65_HS1-834228961_62-HQ-83894_Section_3
Agency: FBI
Page 185
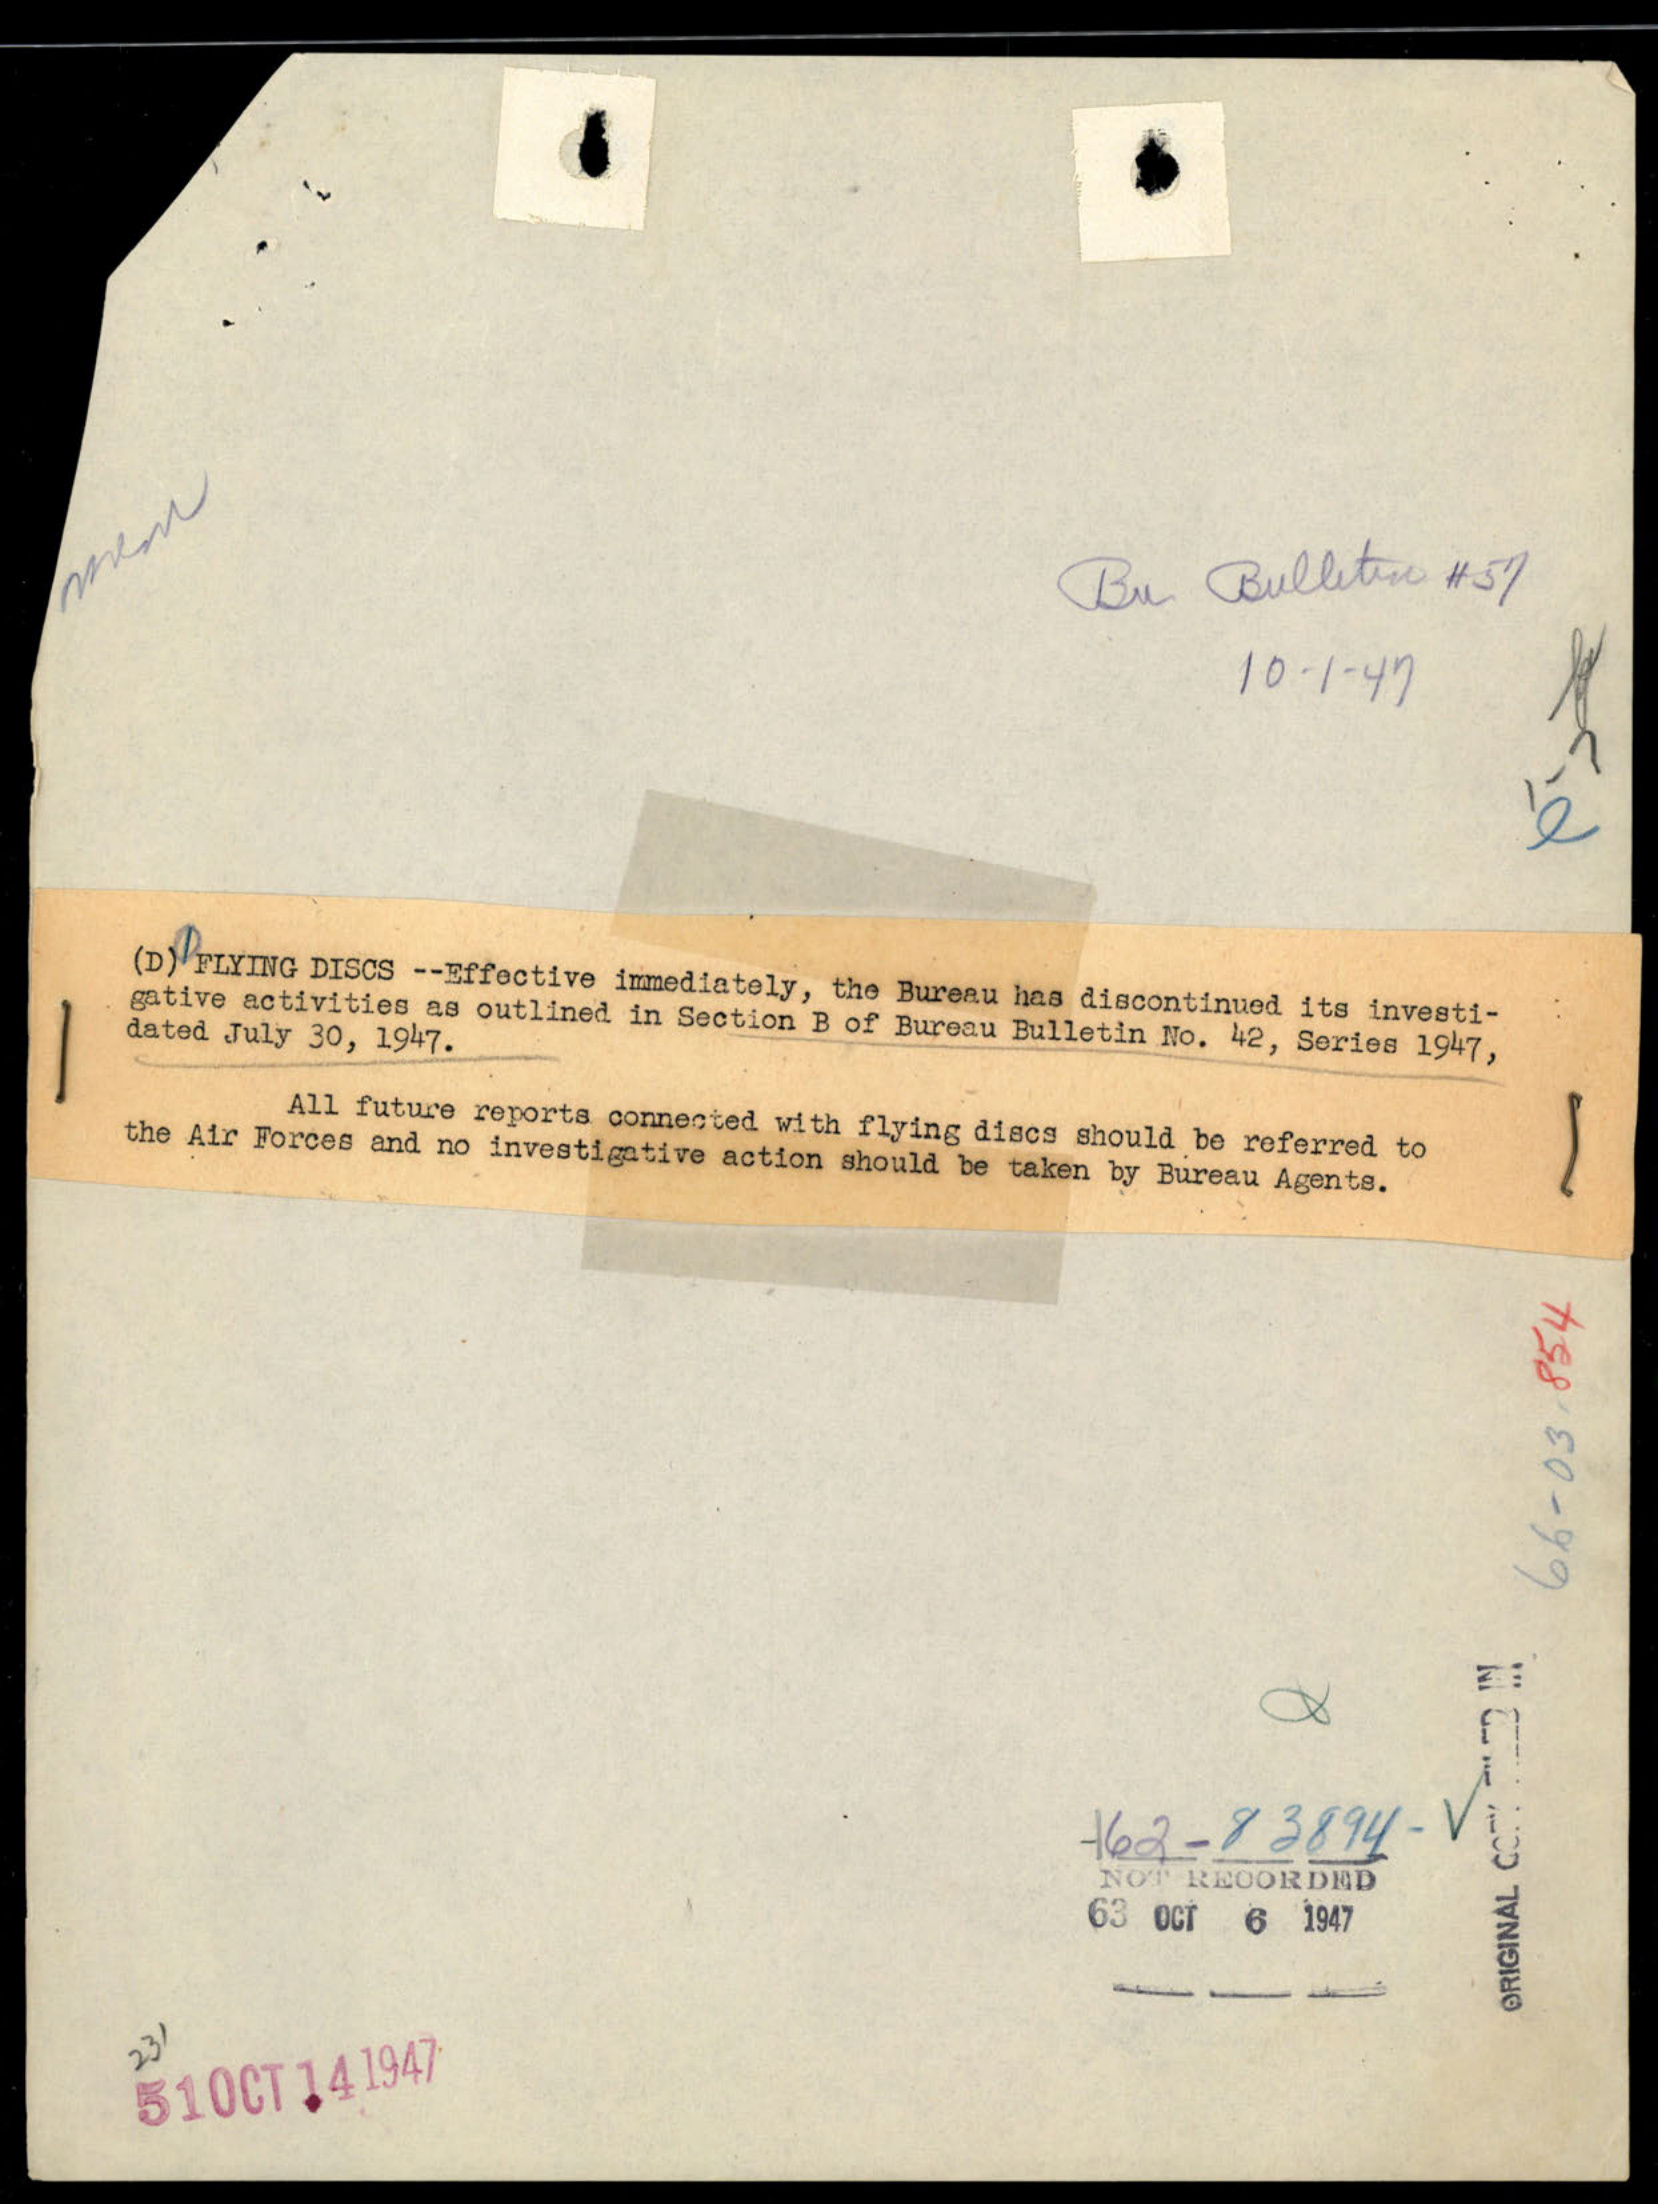